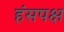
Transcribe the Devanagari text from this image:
हंसपक्ष